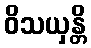
ဝိသယှန္တိ